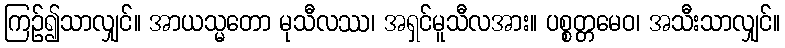
ကြဉ်၍သာလျှင်။ အာယသ္မတော မုသီလဿ၊ အရှင်မူသီလအား။ ပစ္စတ္တမေဝ၊ အသီးသာလျှင်။